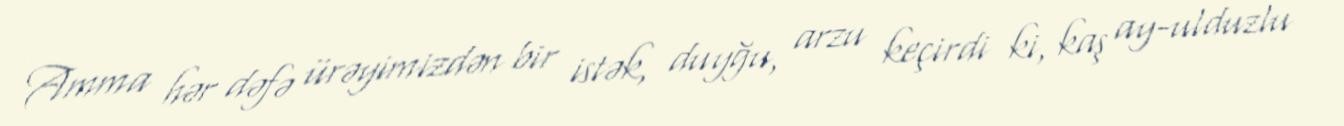
Amma hər dəfə ürəyimizdən bir istək, duyğu, arzu keçirdi ki, kaş ay-ulduzlu